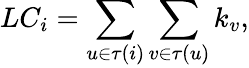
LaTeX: LC_{i}=\sum_{u\in\tau(i)}\sum_{v\in\tau(u)}k_{v},